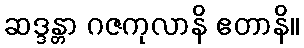
ဆဒ္ဒန္တာ ဂဇကုလာနိ ဧတာနိ။